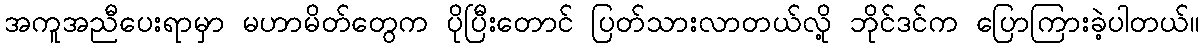
အကူအညီပေးရာမှာ မဟာမိတ်တွေက ပိုပြီးတောင် ပြတ်သားလာတယ်လို့ ဘိုင်ဒင်က ပြောကြားခဲ့ပါတယ်။